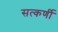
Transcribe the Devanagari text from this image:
सत्कर्णी